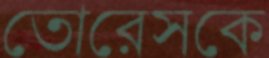
তোরেসকে